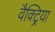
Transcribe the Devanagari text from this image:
वैक्ट्रिया